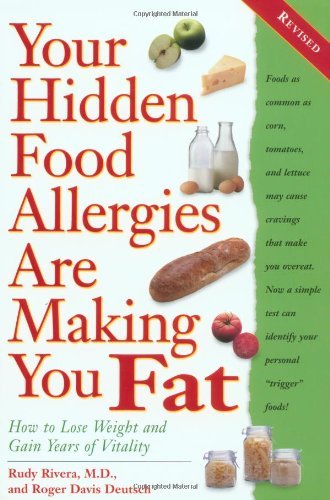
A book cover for By Roger Deutsch - Your Hidden Food Allergies Are Making You Fat, Revised: How to Lose Weight and Gain Years of Vitality (REV) (6/23/02); Roger Deutsch; Health, Fitness & Dieting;